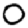
Digit: 0